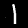
Label: 1